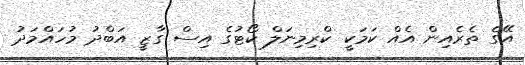
އޭގެ ތެރެއިން އެއް ކަމަކީ ކްރިމިނަލް ކޯޓުގެ އިސް ގާޒީ އަބްދު މުހައްމަދު